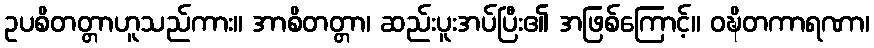
ဥပစိတတ္တာဟူသည်ကား။ အာစိတတ္တာ၊ ဆည်းပူးအပ်ပြီး၏ အဖြစ်ကြောင့်။ ဝဍ္ဎိတကာရဏာ၊